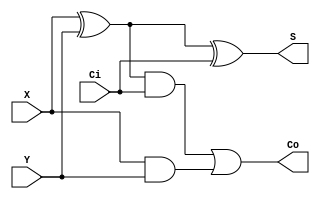
// Verilog code for 1-bit full adder
module full_adder(X,Y,Ci,Co,S);
  input X, Y, Ci;
  output S, Co;
  wire w1,w2,w3;
  //Structural code for one bit full adder
  xor G1(w1, X, Y);
  xor G2(S, w1, Ci);
  and G3(w2, w1, Ci);
  and G4(w3, X, Y);
  or G5(Co, w2, w3);
endmodule